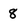
Character: 8